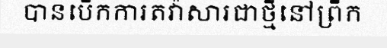
បានបើកការតវ៉ាសារជាថ្មីនៅព្រឹក